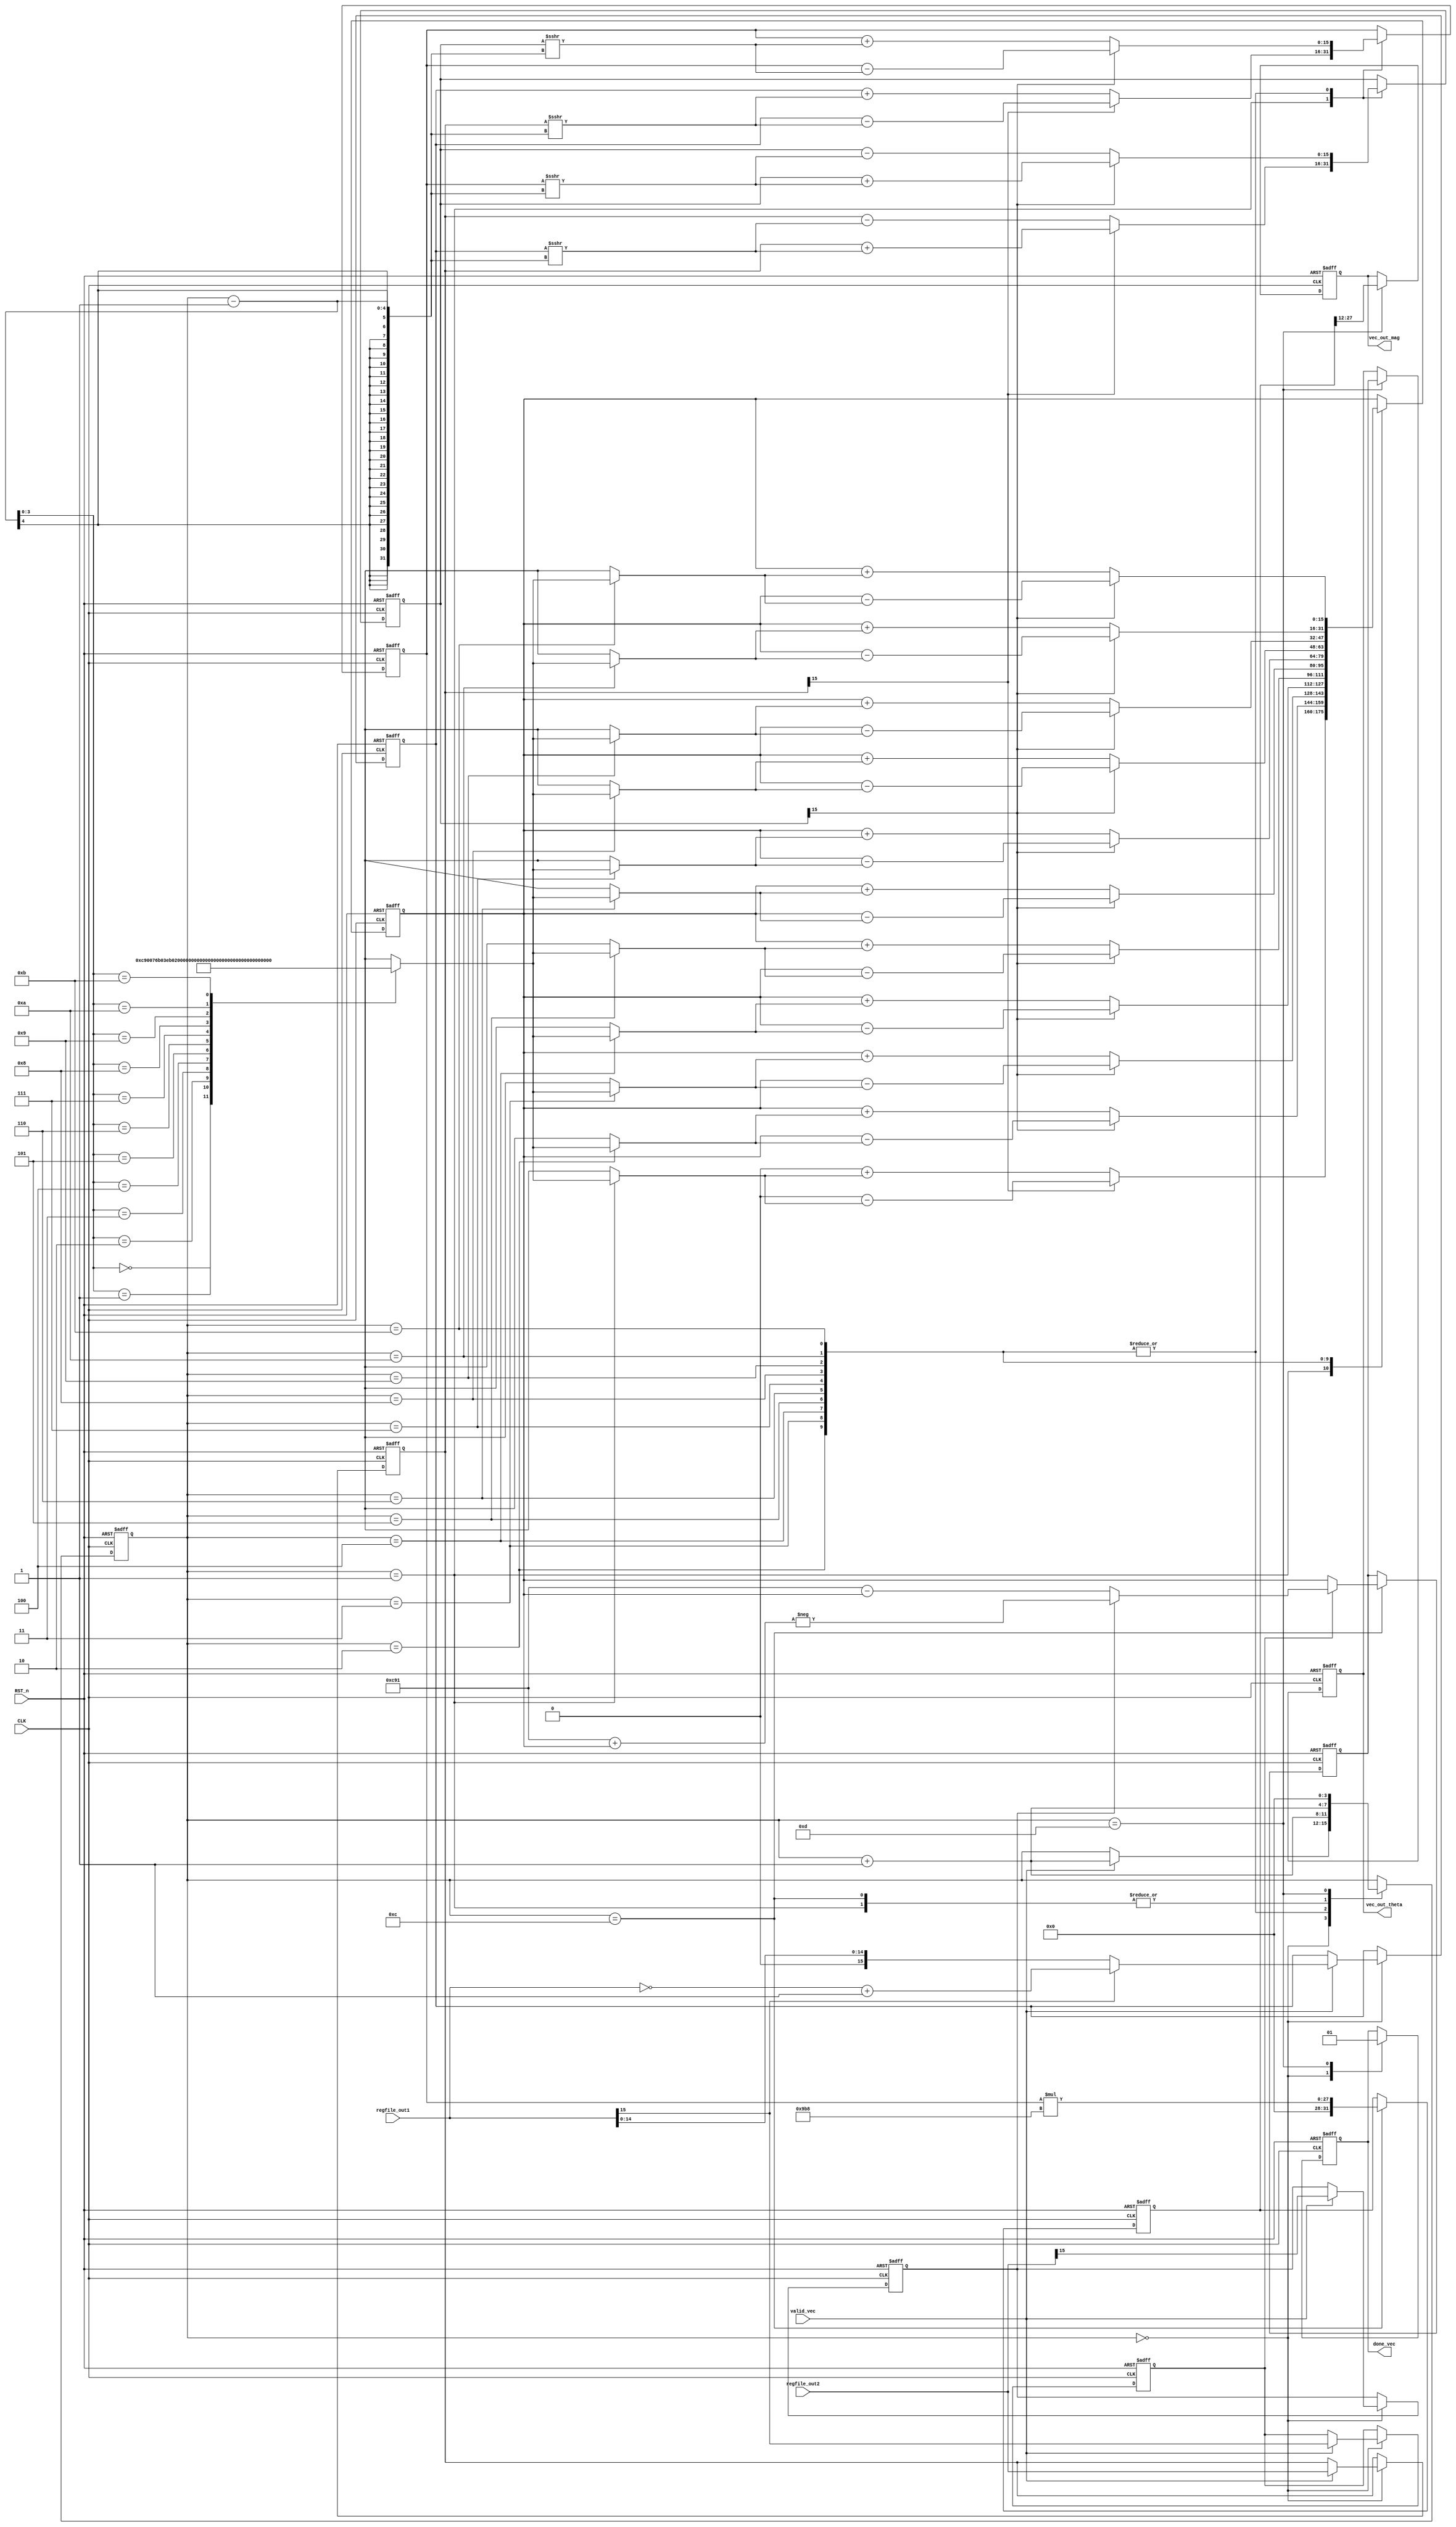
module Vectoring_CORDIC
#(parameter WORDLEN = 16, N_STAGES = 12, COUNTLEN = 4, SCALING_FACTOR = 16'h09b8)
(
	input  wire 		[WORDLEN-1:0]  regfile_out1,
	input  wire 		[WORDLEN-1:0]  regfile_out2,
	input  wire 					   valid_vec,
	input  wire          		       RST_n,
	input  wire 	 			   	   CLK,

	output reg signed  [WORDLEN-1:0]   vec_out_mag,
	output reg signed  [WORDLEN-1:0]   vec_out_theta,
	output reg  					   done_vec
);

reg  signed [WORDLEN-1:0]   X_Vect_In_Reg;
reg  signed [WORDLEN-1:0]   Y_Vect_In_Reg;
reg  signed [WORDLEN-1:0]   X_Vect_Curr_Reg;
reg  signed [WORDLEN-1:0]   Y_Vect_Curr_Reg;
reg  signed [2*WORDLEN-1:0] X_Vect_Out_Temp;
reg  signed [WORDLEN-1:0]   Theta_Vect_Curr_Reg;
reg  signed [WORDLEN-1:0]   Theta_Vect_Out_Temp;
reg 	    [COUNTLEN-1:0]  Count;
reg 			    	    Y_In_Sign;
reg 						X_In_Sign;
wire signed [15:0]          ARCTAN_LUT [0:11];
wire signed [15:0] 			Pi;
wire signed [31:0] 		  	In_Vect;

assign In_Vect        = {regfile_out1,regfile_out2};
assign Pi 			  = 16'h0C91;
assign ARCTAN_LUT[0]  = 16'h0c90;
assign ARCTAN_LUT[1]  = 16'h076b;
assign ARCTAN_LUT[2]  = 16'h03eb;
assign ARCTAN_LUT[3]  = 16'h01fd;
assign ARCTAN_LUT[4]  = 16'h00ff;
assign ARCTAN_LUT[5]  = 16'h007f;
assign ARCTAN_LUT[6]  = 16'h003f;
assign ARCTAN_LUT[7]  = 16'h001f;
assign ARCTAN_LUT[8]  = 16'h000f;
assign ARCTAN_LUT[9]  = 16'h0007;
assign ARCTAN_LUT[10] = 16'h0003;
assign ARCTAN_LUT[11] = 16'h0001;


always@(posedge CLK or negedge RST_n)begin
	if(~RST_n)begin
		X_Vect_In_Reg   	<= 0;
		X_Vect_Curr_Reg 	<= 0;
		X_Vect_Out_Temp 	<= 0;
		vec_out_mag   	    <= 0;
		Y_Vect_In_Reg   	<= 0;
		Y_Vect_Curr_Reg 	<= 0;
		Theta_Vect_Curr_Reg <= 0;
		Theta_Vect_Out_Temp <= 0;
		vec_out_theta      <= 0;
		X_In_Sign       	<= 0;
		Y_In_Sign       	<= 0;
		Count           	<= 0;
		done_vec 		    <= 0;
	end
	else begin
		case(Count)
			3'b000: begin
				done_vec <= 0;
				if(valid_vec)begin
					X_In_Sign     <= In_Vect[2*WORDLEN-1];
					Y_In_Sign     <= In_Vect[WORDLEN-1];
					X_Vect_In_Reg <= In_Vect[2*WORDLEN-1] ? ~(In_Vect[2*WORDLEN-1:WORDLEN])+1'b1 : In_Vect[2*WORDLEN-1:WORDLEN];
					Y_Vect_In_Reg <= In_Vect[WORDLEN-1:0];
					Count 		  <= Count + 1;
				end
			end
			4'b0001: begin
				X_Vect_Curr_Reg 	<= Y_Vect_In_Reg[WORDLEN-1]   ? X_Vect_In_Reg - (Y_Vect_In_Reg >>> (Count-1))  : X_Vect_In_Reg + (Y_Vect_In_Reg >>> (Count-1));
				Y_Vect_Curr_Reg 	<= Y_Vect_In_Reg[WORDLEN-1]   ? Y_Vect_In_Reg + (X_Vect_In_Reg >>> (Count-1))  : Y_Vect_In_Reg - (X_Vect_In_Reg >>> (Count-1));
				Theta_Vect_Curr_Reg <= Y_Vect_In_Reg[WORDLEN-1]   ? 16'b0 - ARCTAN_LUT[Count-1]  		  		   : 16'b0 + ARCTAN_LUT[Count-1];
				Count 				<= Count + 1;
			end
			4'b0010: begin
				COR_Stage(Count);
				Count <= Count + 1'b1;			
			end
			4'b0011: begin
				COR_Stage(Count);
				Count <= Count + 1'b1;
			end
			4'b0100: begin
				COR_Stage(Count);
				Count <= Count + 1'b1;
			end
			4'b0101: begin
				COR_Stage(Count);
				Count <= Count + 1'b1;
			end
			4'b0110: begin
				COR_Stage(Count);
				Count <= Count + 1'b1;
			end
			4'b0111: begin
				COR_Stage(Count);
				Count <= Count + 1'b1;
			end
			4'b1000: begin
				COR_Stage(Count);
				Count <= Count + 1'b1;
			end
			4'b1001: begin
				COR_Stage(Count);
				Count <= Count + 1'b1;
			end
			4'b1010: begin
				COR_Stage(Count);
				Count <= Count + 1'b1;
			end
			4'b1011: begin
				COR_Stage(Count);
				Count <= Count + 1'b1;
			end
			4'b1100: begin
				X_Vect_Out_Temp     <= X_Vect_Curr_Reg * SCALING_FACTOR;
				Theta_Vect_Out_Temp <= X_In_Sign ? (Y_In_Sign ? -(Pi + Theta_Vect_Curr_Reg) : Pi - Theta_Vect_Curr_Reg) : Theta_Vect_Curr_Reg;
				Count 			    <= Count + 1;
			end
			4'b1101: begin
				vec_out_mag    <= X_Vect_Out_Temp >>> N_STAGES;
				vec_out_theta <= Theta_Vect_Out_Temp;
				done_vec 		   <= 1;
				Count 		       <= 0;
			end
		endcase	
	end
end

task COR_Stage;
    input [COUNTLEN-1:0] Count;
    begin
		X_Vect_Curr_Reg 	<= Y_Vect_Curr_Reg [WORDLEN-1]  ? X_Vect_Curr_Reg - (Y_Vect_Curr_Reg >>> (Count-1))  : X_Vect_Curr_Reg + (Y_Vect_Curr_Reg >>> (Count-1));
		Y_Vect_Curr_Reg 	<= Y_Vect_Curr_Reg [WORDLEN-1]  ? Y_Vect_Curr_Reg + (X_Vect_Curr_Reg >>> (Count-1))  : Y_Vect_Curr_Reg - (X_Vect_Curr_Reg >>> (Count-1));
		Theta_Vect_Curr_Reg <= Y_Vect_Curr_Reg [WORDLEN-1]  ? Theta_Vect_Curr_Reg - ARCTAN_LUT[Count-1]  		 : Theta_Vect_Curr_Reg + ARCTAN_LUT[Count-1];
    end

endtask

endmodule